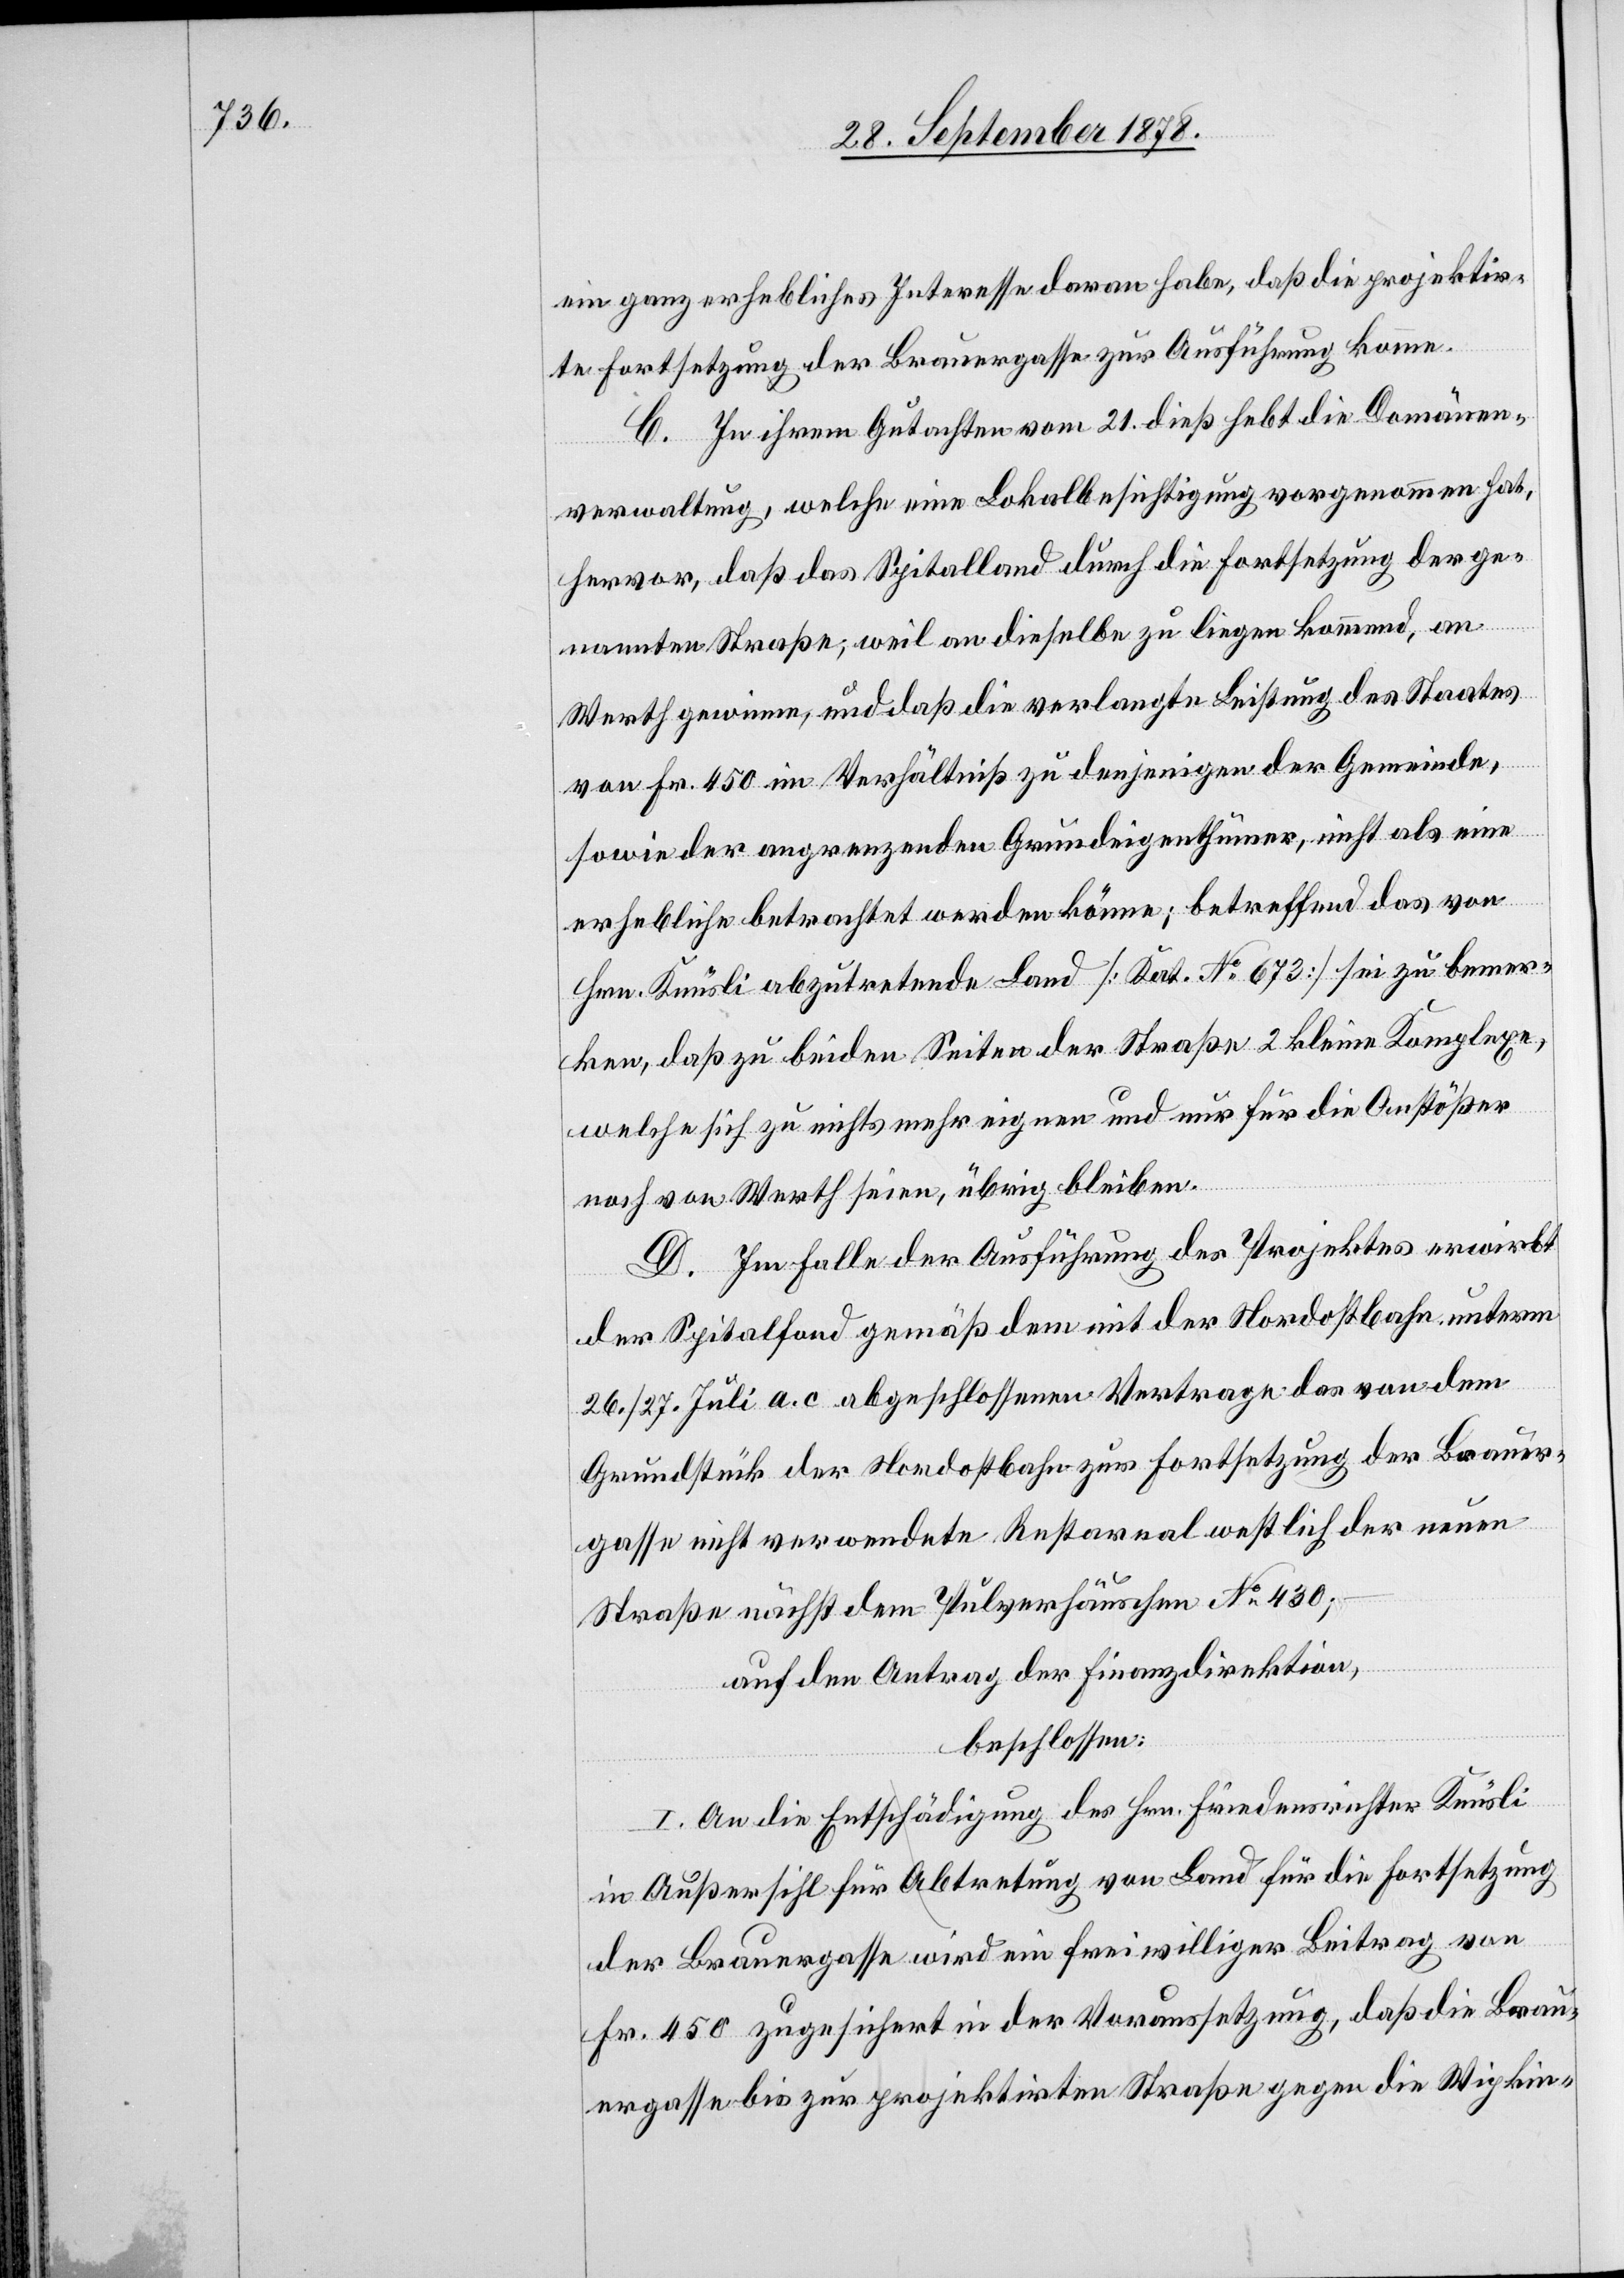
ein ganz erhebliches Interesse daran habe, daß die projektir¬
te Fortsetzung der Brauergasse zur Ausführung komme.
C. In ihrem Gutachten vom 21. dieß hebt die Domänen¬
verwaltung, welche eine Lokalbesichtigung vorgenommen hat,
hervor, daß das Spitalland durch die Fortsetzung der ge¬
nannten Straße, weil an dieselbe zu liegen kommend, an
Werth gewinne, und daß die verlangte Leistung des Staates
von Fr. 450 im Verhältniß zu denjenigen der Gemeinde,
sowie der angrenzenden Grundeigenthümer, nicht als eine
erhebliche betrachtet werden könne; betreffend das von
Hrn. Knüsli abzutretende Land [Kat. No 673] sei zu bemer¬
ken, daß zu beiden Seiten der Straße 2 kleine Komplexe,
welche sich zu nichts mehr eignen und nur für die Anstößer
noch von Werth seien, übrig bleiben.
D. Im Falle der Ausführung des Projektes erwirkt
der Spitalfond gemäß dem mit der Nordostbahn unterm
26./27. Juli a. c. abgeschlossenen Vertrage das von dem
Grundstück der Nordostbahn zur Fortsetzung der Brauer¬
gasse nicht verwendete Restareal westlich der neuen
Straße nächst dem Pulverhäuschen No 430;
auf den Antrag der Finanzdirektion,
beschlossen:
I. An die Entschädigung des Hrn. Friedensrichter Knüsli
in Außersihl für Abtretung von Land für die Fortsetzung
der Brauergasse wird ein frewilliger Beitrag von
Fr. 450 zugesichert in der Voraussetzung, daß die Brau¬
ergasse bis zur projektirten Straße gegen die Wipkin-